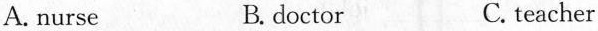
A.nurse B.doctor C.teacher